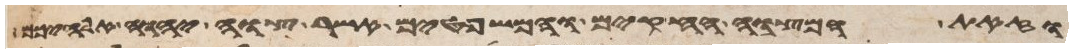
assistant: וזאת המצוה החקים והמשפטים אשר צוה יהוה אלהיכם